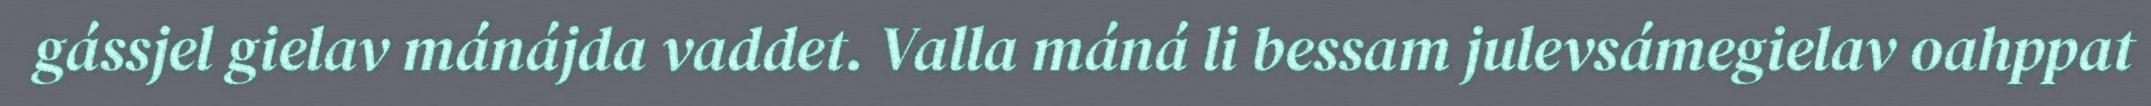
gássjel gielav mánájda vaddet. Valla máná li bessam julevsámegielav oahppat